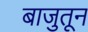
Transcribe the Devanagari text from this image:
बाजुतून